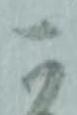
可